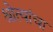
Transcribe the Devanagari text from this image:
श्रोत्यांचा